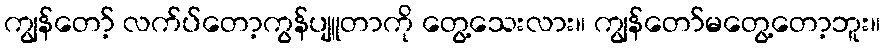
ကျွန်တော့် လက်ပ်တော့ကွန်ပျူတာကို တွေ့သေးလား။ ကျွန်တော်မတွေ့တော့ဘူး။